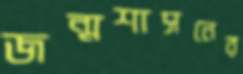
জন্মশাসনের